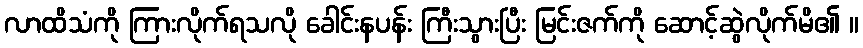
လာထိသံကို ကြားလိုက်ရသလို ခေါင်းနပန်း ကြီးသွားပြီး မြင်းဇက်ကို ဆောင့်ဆွဲလိုက်မိ၏ ။